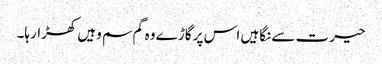
حیرت سے نگاہیں اس پر گاڑے وہ گم سم وہیں کھڑارہا۔